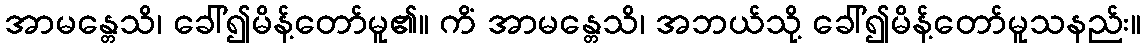
အာမန္တေသိ၊ ခေါ်၍မိန့်တော်မူ၏။ ကိံ အာမန္တေသိ၊ အဘယ်သို့ ခေါ်၍မိန့်တော်မူသနည်း။